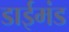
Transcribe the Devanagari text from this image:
डाईमंड